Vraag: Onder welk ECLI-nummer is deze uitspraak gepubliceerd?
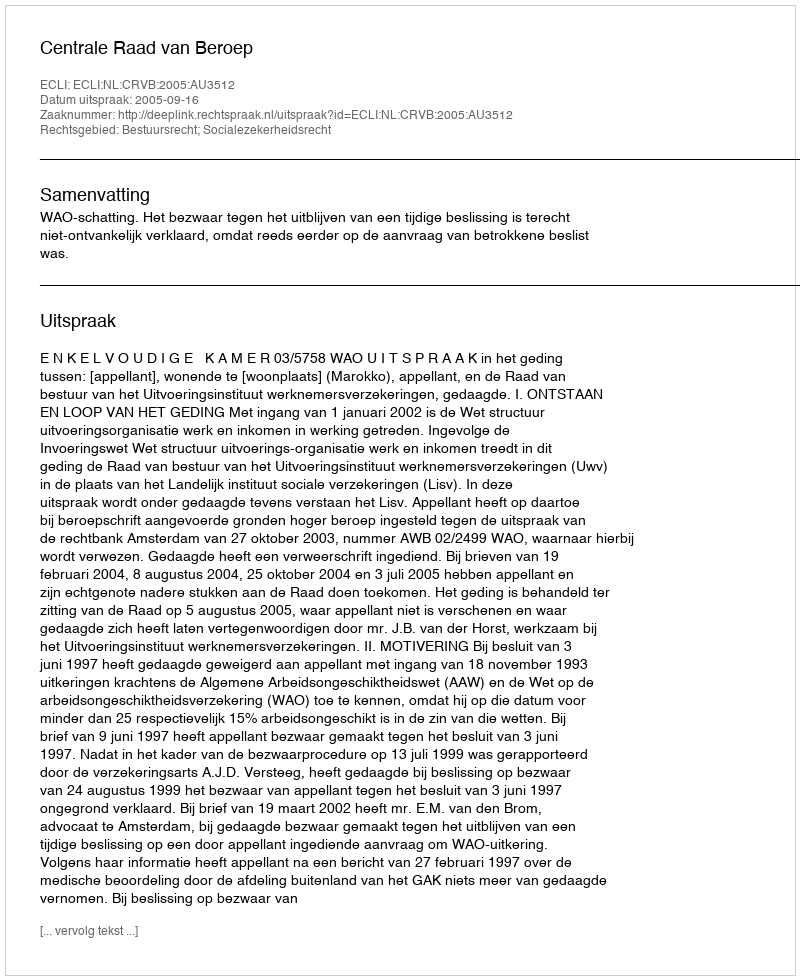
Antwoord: ECLI:NL:CRVB:2005:AU3512